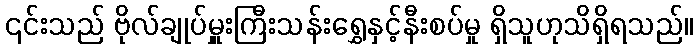
၎င်းသည် ဗိုလ်ချုပ်မှူးကြီးသန်းရွှေနှင့်နီးစပ်မှု ရှိသူဟုသိရှိရသည်။